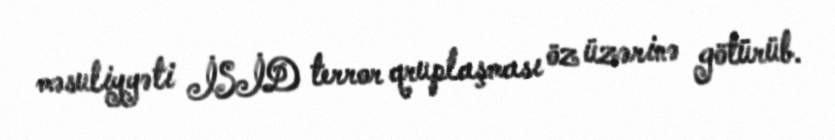
məsuliyyəti İSİD terror qruplaşması öz üzərinə götürüb.